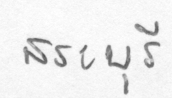
สระบุรี